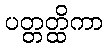
ပတ္တတ္ထိကာ